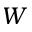
W